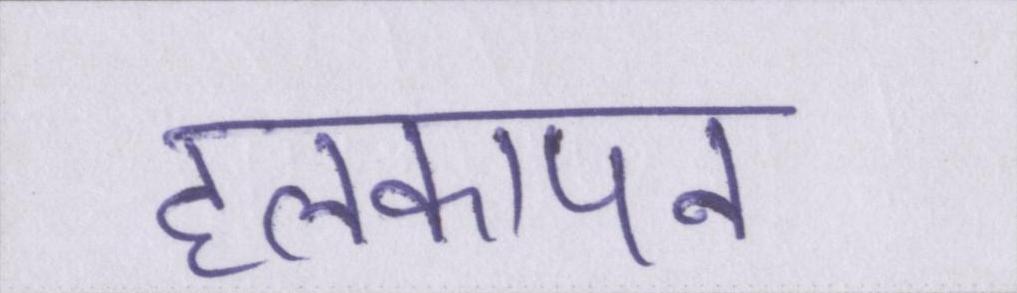
हलकापन